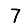
Digit: 7